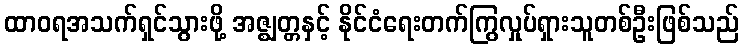
ထာဝရအသက်ရှင်သွားဖို့ အဇ္ဈတ္တနှင့် နိုင်ငံရေးတက်ကြွလှုပ်ရှားသူတစ်ဦးဖြစ်သည်